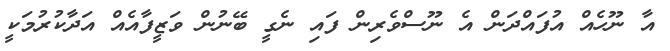
އާ ނޫހެއް އުފައްދަން އެ ނޫސްވެރިން ފައި ނެގީ ބޭނުން ވަޒީފާއެއް އަދާކުރުމަކީ